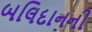
બલિદાનની